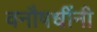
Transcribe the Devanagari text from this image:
वनौषधींनी